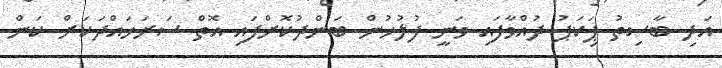
އަދި ބާސިތު ޕިަކަޕު ދުއްވާފައި ވަނީ ފުލުހުން ބަންދުކޮށްފައި އޮތް ސަރަހައްދަކަށް ކަން